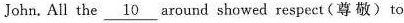
John.All the \underline{10} around showed respec t(尊敬) to